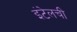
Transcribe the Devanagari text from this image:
इंटेलची